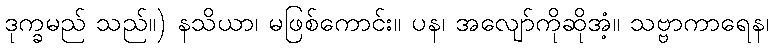
ဒုက္ခမည် သည်။) နသိယာ၊ မဖြစ်ကောင်း။ ပန၊ အလျော်ကိုဆိုအံ့။ သဗ္ဗာကာရေန၊